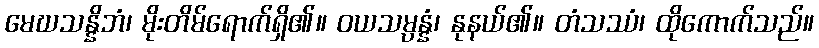
မေဃသန္နိဘံ၊ မိုးတိမ်ရောက်ရှိ၏။ ဝယသမ္ပန္နံ၊ နုနယ်၏။ တံသဿံ၊ ထိုကောက်သည်။